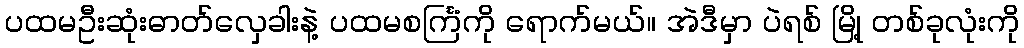
ပထမဦးဆုံးဓာတ်လှေခါးနဲ့ ပထမစင်္ကြံကို ရောက်မယ်။ အဲဒီမှာ ပဲရစ် မြို့ တစ်ခုလုံးကို